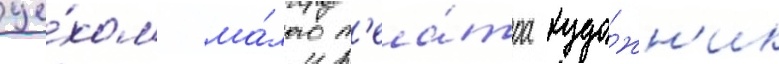
це́хом ма́лого т'еа́тра худо́жн'ик